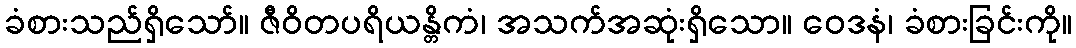
ခံစားသည်ရှိသော်။ ဇီဝိတပရိယန္တိကံ၊ အသက်အဆုံးရှိသော။ ဝေဒနံ၊ ခံစားခြင်းကို။